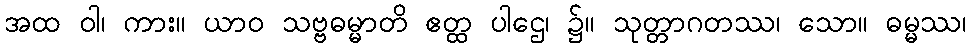
အထ ဝါ၊ ကား။ ယာဝ သဗ္ဗဓမ္မာတိ ဧတ္ထ ပါဌေ၊ ၌။ သုတ္တာဂတဿ၊ သော။ ဓမ္မဿ၊